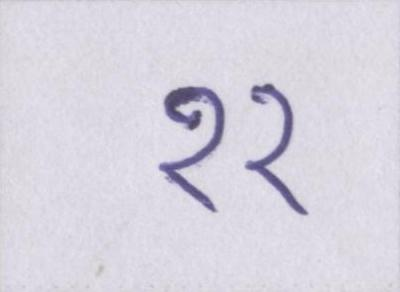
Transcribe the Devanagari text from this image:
११